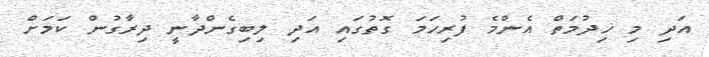
އަދި މި ޚިދުމަތް އެންމެ ފުރިހަމަ ގޮތުގައި އަދި ލިބިގެންދާނީ ދިރާގުން ކަމަށް